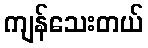
ကျန်သေးတယ်